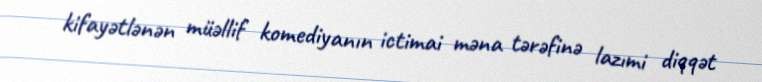
kifayətlənən müəllif komediyanın ictimai məna tərəfinə lazımi diqqət